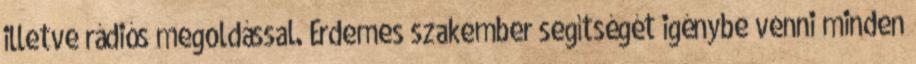
illetve rádiós megoldással. Érdemes szakember segítségét igénybe venni minden